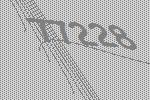
77228